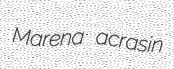
Marena acrasin